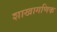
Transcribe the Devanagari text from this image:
शाखागणिक